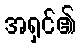
အရှင်၏